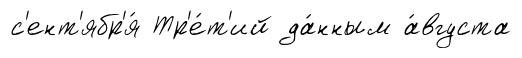
с'ент'ябр'я́ Тр'е́т'ий да́нным а́вгуста